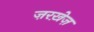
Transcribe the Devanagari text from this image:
ज़रख़ेज़